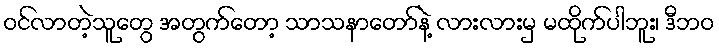
ဝင်လာတဲ့သူတွေ အတွက်တော့ သာသနာတော်နဲ့ လားလားမှ မထိုက်ပါဘူး၊ ဒီဘဝ